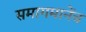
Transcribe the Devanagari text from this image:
समागमानेंच